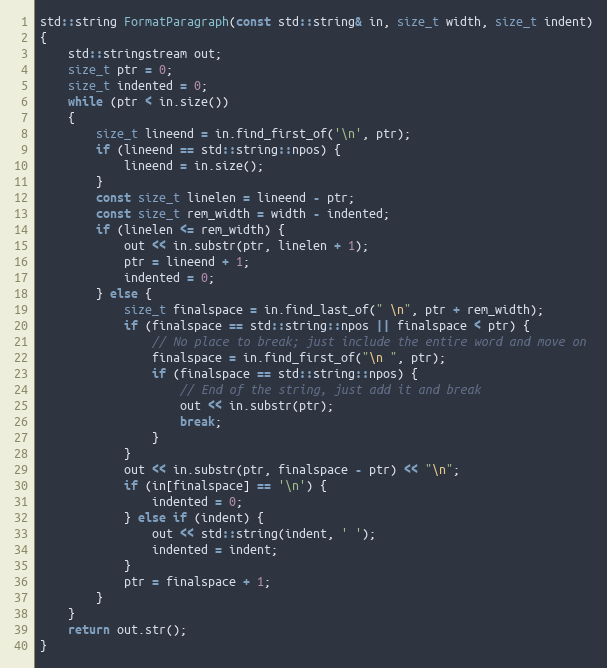
Language: C++
std::string FormatParagraph(const std::string& in, size_t width, size_t indent)
{
    std::stringstream out;
    size_t ptr = 0;
    size_t indented = 0;
    while (ptr < in.size())
    {
        size_t lineend = in.find_first_of('\n', ptr);
        if (lineend == std::string::npos) {
            lineend = in.size();
        }
        const size_t linelen = lineend - ptr;
        const size_t rem_width = width - indented;
        if (linelen <= rem_width) {
            out << in.substr(ptr, linelen + 1);
            ptr = lineend + 1;
            indented = 0;
        } else {
            size_t finalspace = in.find_last_of(" \n", ptr + rem_width);
            if (finalspace == std::string::npos || finalspace < ptr) {
                // No place to break; just include the entire word and move on
                finalspace = in.find_first_of("\n ", ptr);
                if (finalspace == std::string::npos) {
                    // End of the string, just add it and break
                    out << in.substr(ptr);
                    break;
                }
            }
            out << in.substr(ptr, finalspace - ptr) << "\n";
            if (in[finalspace] == '\n') {
                indented = 0;
            } else if (indent) {
                out << std::string(indent, ' ');
                indented = indent;
            }
            ptr = finalspace + 1;
        }
    }
    return out.str();
}